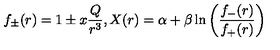
f _ { \pm } ( r ) = 1 \pm x \frac { Q } { r ^ { 3 } } , X ( r ) = \alpha + \beta \ln \left( \frac { f _ { - } ( r ) } { f _ { + } ( r ) } \right)